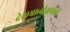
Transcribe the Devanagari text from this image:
देखभालीअभावी